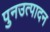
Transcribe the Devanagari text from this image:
पुनउत्पादन